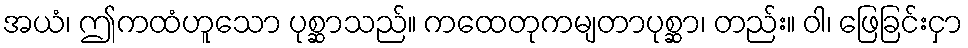
အယံ၊ ဤကထံဟူသော ပုစ္ဆာသည်။ ကထေတုကမျတာပုစ္ဆာ၊ တည်း။ ဝါ၊ ဖြေခြင်းငှာ